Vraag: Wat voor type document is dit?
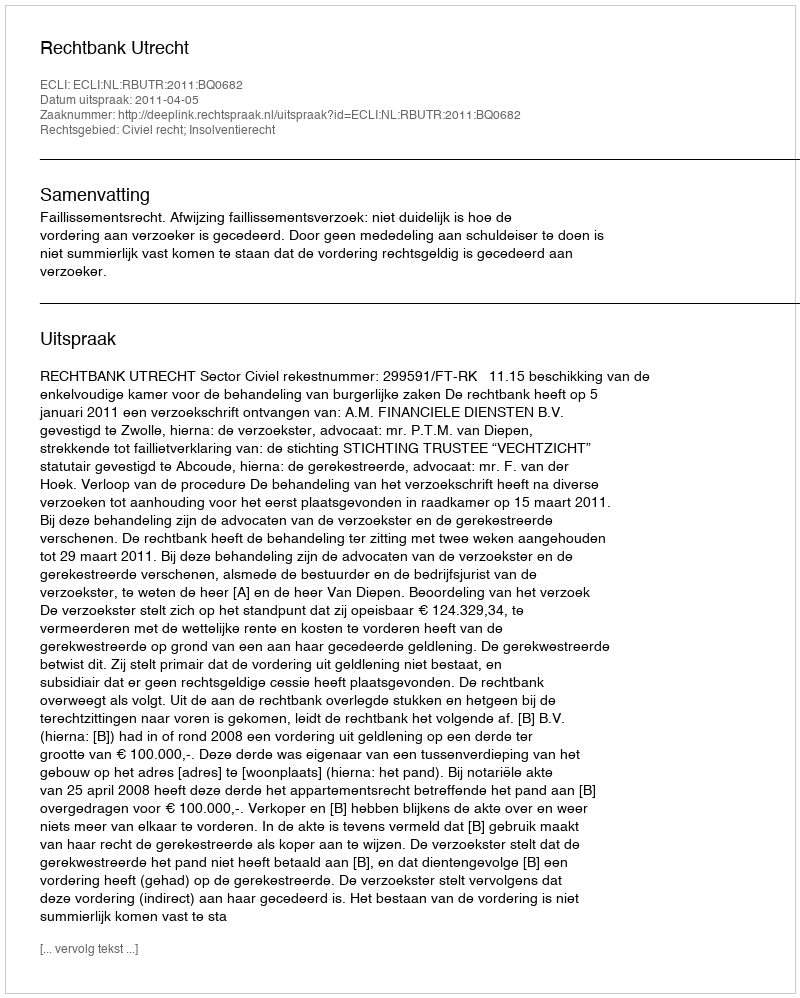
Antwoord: Uitspraak